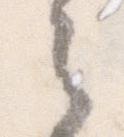
之